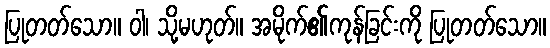
ပြုတတ်သော။ ဝါ၊ သို့မဟုတ်။ အမိုက်၏ကုန်ခြင်းကို ပြုတတ်သော။